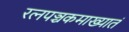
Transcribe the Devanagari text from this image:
रत्‍नपञ्चकमाख्यातं